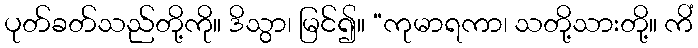
ပုတ်ခတ်သည်တို့ကို။ ဒိသွာ၊ မြင်၍။ “ကုမာရကာ၊ သတို့သားတို့။ ကိံ